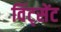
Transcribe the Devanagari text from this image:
विंट्सेंट